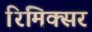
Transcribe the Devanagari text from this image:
रिमिक्सर